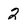
Character: 2